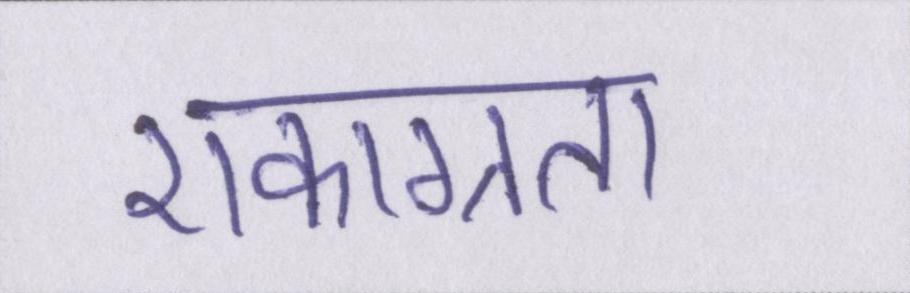
एकाग्रता